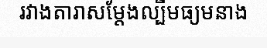
រវាងតារាសម្តែងល្បីមធ្យមនាង